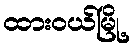
ထားဝယ်မြို့